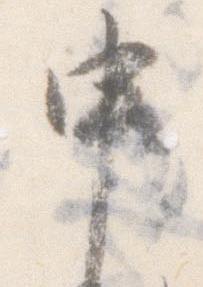
申